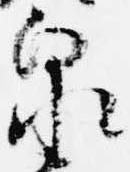
泉